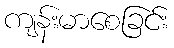
ကျန်းမာစေခြင်း